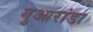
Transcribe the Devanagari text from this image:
गुआरांडा